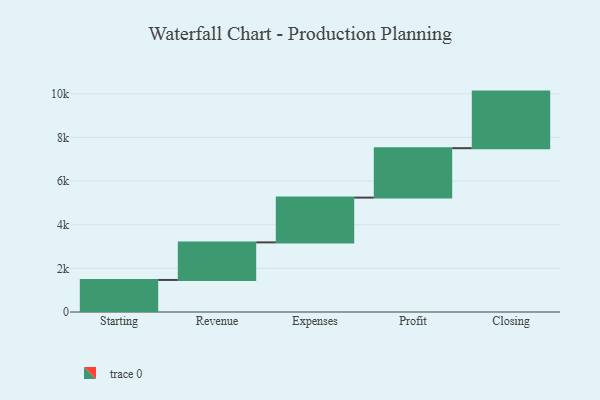
{"axis": {"x": "Step", "y": "Value"}, "legend": [""], "data": [{"x": "Starting", "y": 1469.0, "type": ""}, {"x": "Revenue", "y": 1722.0, "type": ""}, {"x": "Expenses", "y": 2052.0, "type": ""}, {"x": "Profit", "y": 2265.0, "type": ""}, {"x": "Closing", "y": 2594.0, "type": ""}]}